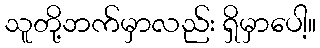
သူတို့ဘက်မှာလည်း ရှိမှာပေါ့။